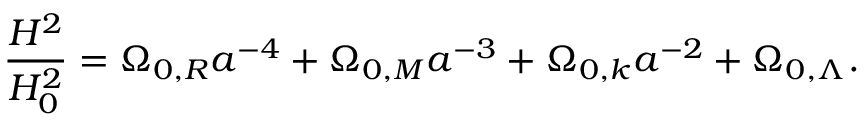
{ \frac { H ^ { 2 } } { H _ { 0 } ^ { 2 } } } = \Omega _ { 0 , R } a ^ { - 4 } + \Omega _ { 0 , M } a ^ { - 3 } + \Omega _ { 0 , k } a ^ { - 2 } + \Omega _ { 0 , \Lambda } .